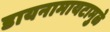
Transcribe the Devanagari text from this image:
डायनामायटामुळे